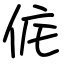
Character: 侂